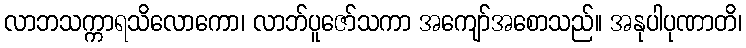
လာဘသက္ကာရသိလောကော၊ လာဘ်ပူဇော်သကာ အကျော်အစောသည်။ အနုပါပုဏာတိ၊